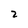
Character: 2